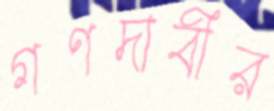
গণদাবীর